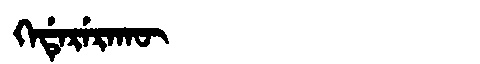
Manchu: ᡴᡝᡩᡝᡵᡝᡵᠠᡴᡡ
Romanization: KEDERERAKŪ